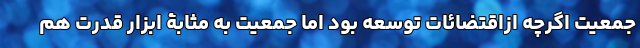
جمعیت اگرچه ازاقتضائات توسعه بود اما جمعیت به مثابۀ ابزار قدرت هم